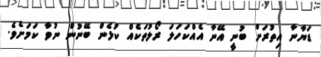
ޑަޔާނާ އިތުރަށް ބުނީ އޭނާ އެއްކަހަލަ ރޯލުތަކެއް ކުޅެން ބޭނުން ނުވާ ކަމަށެވެ.